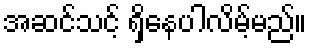
အဆင်သင့် ရှိနေပါလိမ့်မည်။